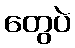
တွေပဲ